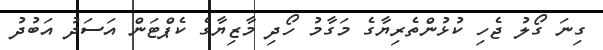
ގިނަ ގޯލު ޖެހި ކުޅުންތެރިޔާގެ މަގާމު ހޯދި މާޒިޔާގެ ކެޕްޓަން އަސަދު އަބުދު